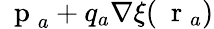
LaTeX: \mathrm{~\mathbf~p~}_{a}+q_{a}\nabla\xi(\mathrm{~\mathbf~r~}_{a})